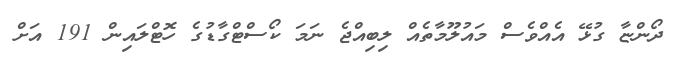
ދޯންޏާ ގުޅޭ އެއްވެސް މައުލޫމާތެއް ލިބިއްޖެ ނަމަ ކޯސްޓްގާޑުގެ ހޮޓްލައިން 191 އަށް